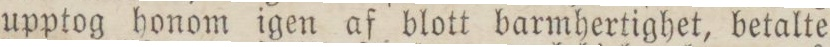
upptog honom igen af blott barmhertighet, betalte